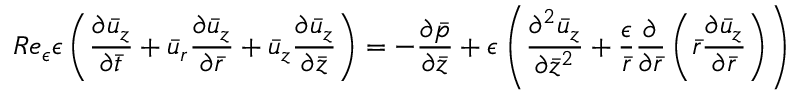
R e _ { \epsilon } { \epsilon } \left( \frac { { \partial } \bar { u } _ { z } } { { \partial } \bar { t } } + \bar { u } _ { r } \frac { { \partial } \bar { u } _ { z } } { { \partial } \bar { r } } + \bar { u } _ { z } \frac { { \partial } \bar { u } _ { z } } { { \partial } \bar { z } } \right) = - \frac { { \partial } \bar { p } } { { \partial } \bar { z } } + { \epsilon } \left( \frac { { \partial } ^ { 2 } \bar { u } _ { z } } { { \partial } \bar { z } ^ { 2 } } + \frac { \epsilon } { \bar { r } } \frac { { \partial } } { { \partial } \bar { r } } \left( \bar { r } \frac { { \partial } \bar { u } _ { z } } { { \partial } \bar { r } } \right) \right)